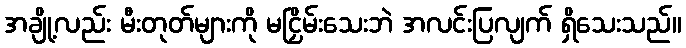
အချို့လည်း မီးတုတ်များကို မငြှိမ်းသေးဘဲ အလင်းပြလျက် ရှိသေးသည်။